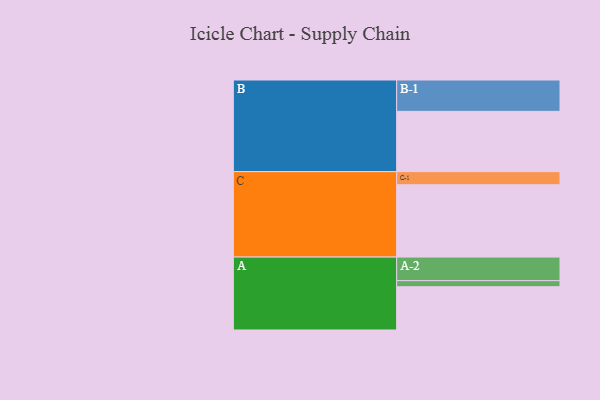
{"axis": {"x": "Segment", "y": "Value"}, "legend": ["", "A", "B", "C"], "data": [{"x": "A", "y": 356, "type": ""}, {"x": "B", "y": 496, "type": ""}, {"x": "C", "y": 595, "type": ""}, {"x": "A-1", "y": 50, "type": "A"}, {"x": "A-2", "y": 194, "type": "A"}, {"x": "B-1", "y": 258, "type": "B"}, {"x": "C-1", "y": 108, "type": "C"}]}